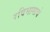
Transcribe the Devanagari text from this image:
रविभागाचे